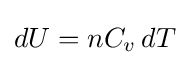
dU=nC_{v}\,dT